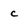
Character: c